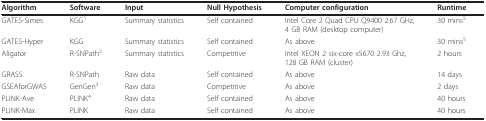
| Algorithm | Software | Input | Null Hypothesis | Computer configuration | Runtime |
 | --- | --- | --- | --- | --- | --- |
 | GATES-Simes | KGG1 | Summary statistics | Self contained | Intel Core 2 Quad CPU Q9400 2.67 GHz,4 GB RAM (desktop computer) | 30 mins5 |
 | GATES-Hyper | KGG | Summary statistics | Self contained | As above | 30 mins5 |
 | Aligator | R-SNPath2 | Summary statistics | Competitive | Intel XEON 2 six-core x5670 2.93 Ghz,128 GB RAM (cluster) | 2 hours |
 | GRASS | R-SNPath | Raw data | Self contained | As above | 14 days |
 | GSEAforGWAS | GenGen3 | Raw data | Competitive | As above | 2 days |
 | PLINK-Ave | PLINK4 | Raw data | Self contained | As above | 40 hours |
 | PLINK-Max | PLINK | Raw data | Self contained | As above | 40 hours |